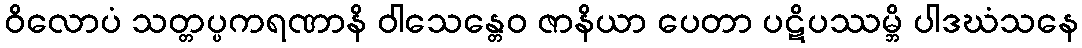
ဝိလောပံ သတ္တပ္ပကရဏာနိ ဝါသေန္တေဝ ဇာနိယာ ပေတာ ပဋိပဿမ္ဘိ ပါဒဃံသနေ